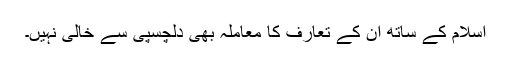
اسلام کے ساتھ ان کے تعارف کا معاملہ بھی دلچسپی سے خالی نہیں۔